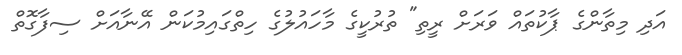
އަދި މިތާންގެ ޕާކުތައް ވަރަށް ރީތި" ތުރުކީގެ މާހައުލުގެ ހިތްގައިމުކަން އޭނާއަށް ސިފާގޮތް